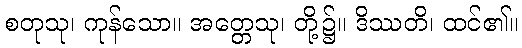
စတုသု၊ ကုန်သော။ အတ္တေသု၊ တို့၌။ ဒိဿတိ၊ ထင်၏။